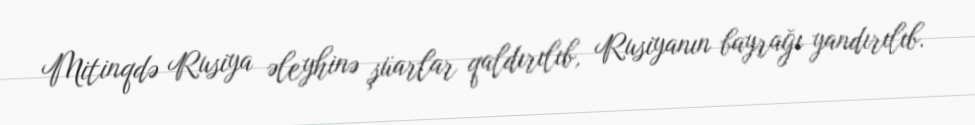
Mitinqdə Rusiya əleyhinə şüarlar qaldırılıb, Rusiyanın bayrağı yandırılıb.